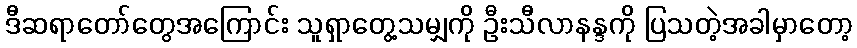
ဒီဆရာတော်တွေအကြောင်း သူရှာတွေ့သမျှကို ဦးသီလာနန္ဒကို ပြသတဲ့အခါမှာတော့